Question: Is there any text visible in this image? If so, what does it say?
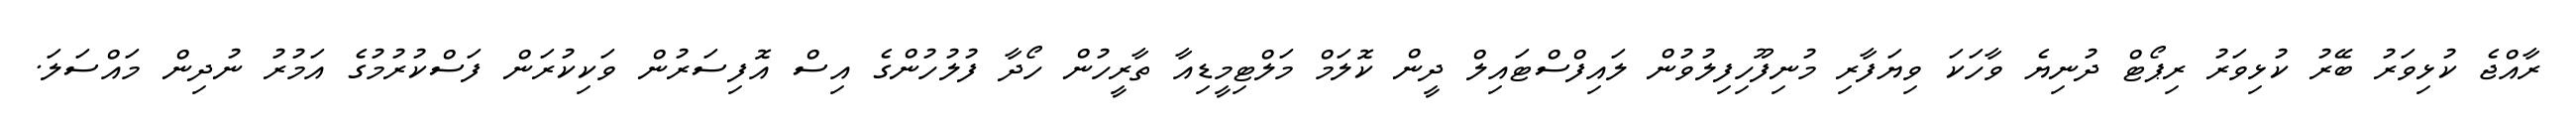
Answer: ރާއްޖެ ކުޅިވަރު ބޭރު ކުޅިވަރު ރިޕޯޓް ދުނިޔެ ވާހަކަ ވިޔަފާރި މުނިފޫހިފިލުވުން ލައިފްސްޓައިލް ދީން ކޮލަމް މަލްޓިމީޑިއާ ތާރީހުން ހޯދާ ފުލުހުންގެ އިސް އޮފިސަރުން ވަކިކުރަން ފަސްކުރުމުގެ އަމުރު ނުދިން މައްސަލަ.